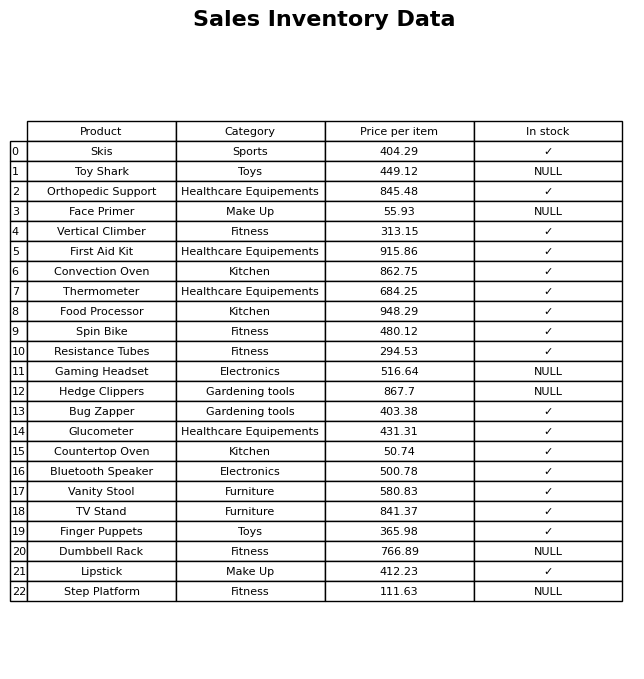
question: What is the stock status of the Finger Puppets?
answer: ✓